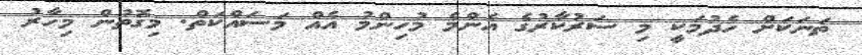
ތަނަކަށް ހެދުމަކީ މި ސަރުކާރުގެ އެންމެ މުހިންމު އެއް މަސައްކަތް. މިގޮތުން މިހާރު